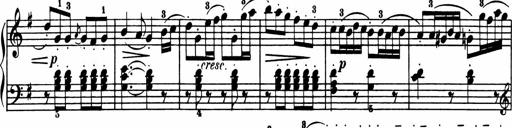
Title: Sonatina in G major
Composer: Friedrich Kuhlau
Key: G major